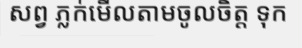
សព្វ ភ្លក់មើលតាមចូលចិត្ត ទុក